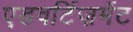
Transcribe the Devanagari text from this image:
एडवर्टिज़मेंट